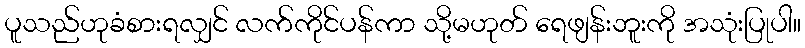
ပူသည်ဟုခံစားရလျှင် လက်ကိုင်ပန်ကာ သို့မဟုတ် ရေဖျန်းဘူးကို အသုံးပြုပါ။